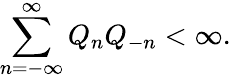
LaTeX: \sum_{n=-\infty}^{\infty}Q_{n}Q_{-n}<\infty.